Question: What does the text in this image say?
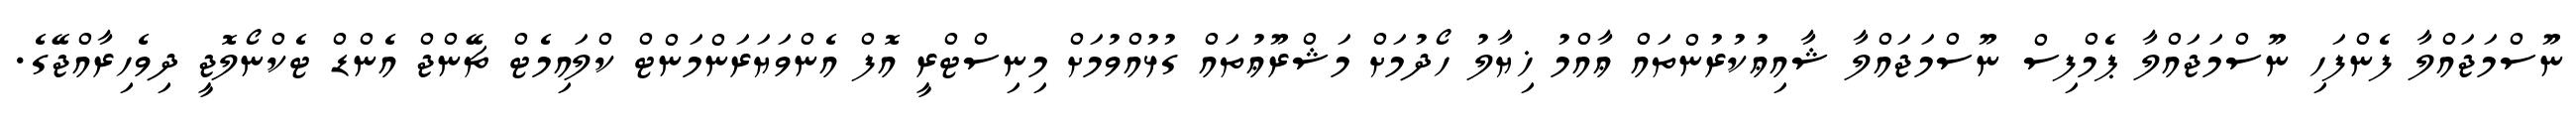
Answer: ނޫސްމަޖައްލާ ފެންފަހި ނޫސްމަޖައްލާ ޕެމްފިސް ނޫސްމަޖައްލާ ޝާއިޢުކުރުންތައް ޢާއްމު ޚިޔާލު ހޯދުމަށް މަޝްރޫޢުތައް ގުޅުއްވުމަށް މިނިސްޓްރީ އޮފް އެންވަޔަރަންމަންޓް ކްލައިމެޓް ޗޭންޖް އެންޑް ޓެކްނޯލޮޖީ ދިވެހިރާއްޖޭގެ.